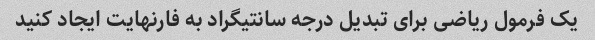
یک فرمول ریاضی برای تبدیل درجه سانتیگراد به فارنهایت ایجاد کنید